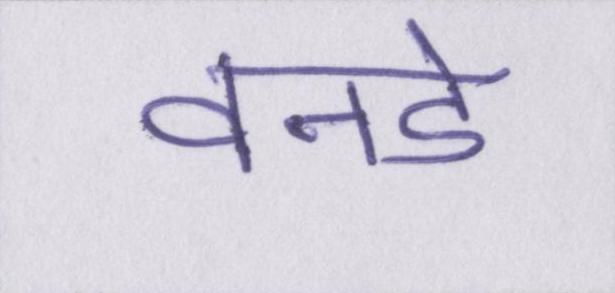
वनडे